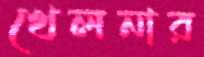
খেলনার